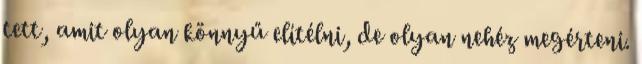
tett, amit olyan könnyű elítélni, de olyan nehéz megérteni.